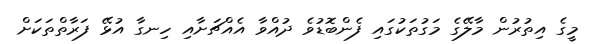
މީގެ އިތުރުން މާލޭގެ މަގުތަކުގައި ފެންބޮޑުވެ ދުއްވާ އެއްޗަށާއި ހިނގާ އުޅޭ ފަރާތްތަކަށް